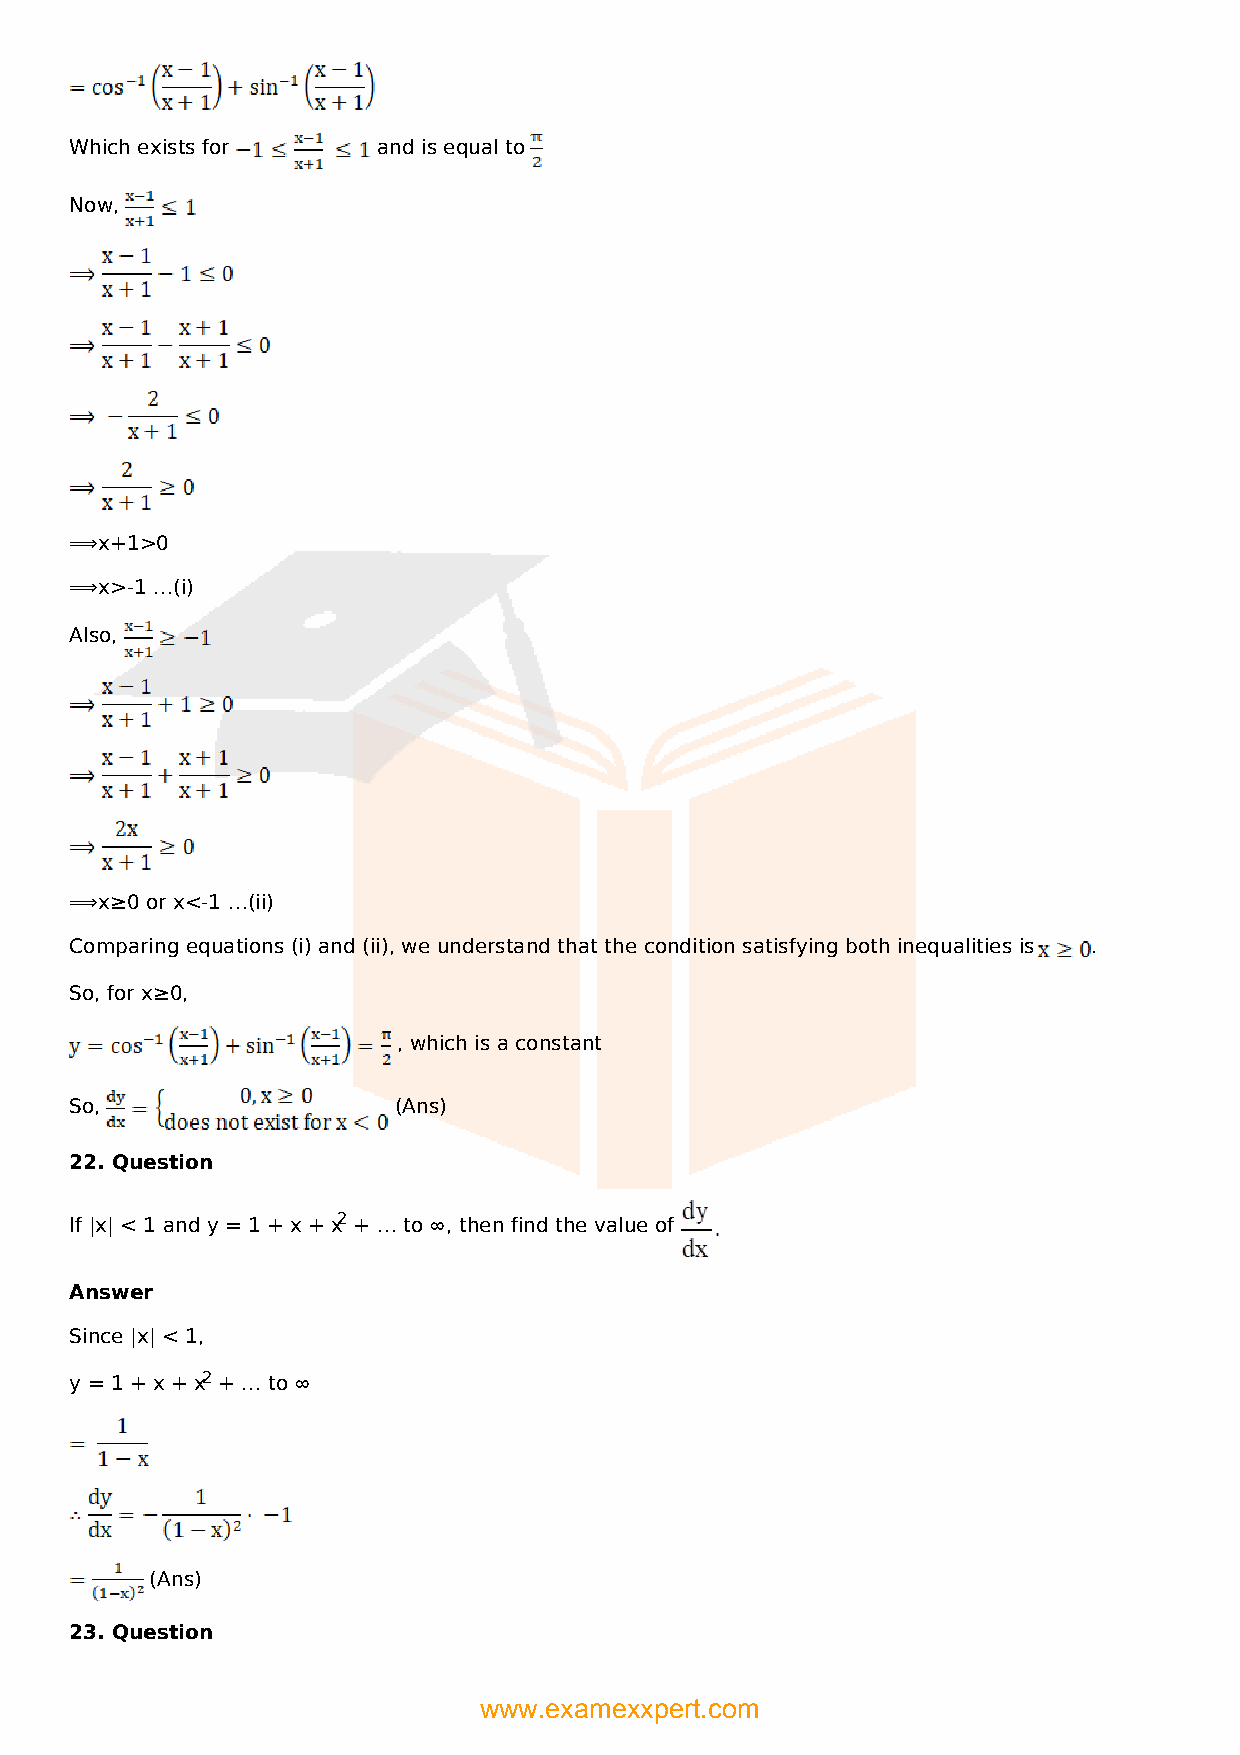
Which exists for    and is equal to
 Now,
 ⟹x+1>0
 ⟹x>-1 …(i)
 Also,
 ⟹x≥0 or x<-1 …(ii)
 Comparing equations (i) and (ii), we understand that the condition satisfying both inequalities is .
 So, for x≥0,
 , which is a constant
 So,                  (Ans)
 22. Question
 If |x| < 1 and y = 1 + x + x2 + … to ∞, then find the value of
 Answer
 Since |x| < 1,
 y = 1 + x + x2 + … to ∞
 (Ans)
 23. Question
 www.examexxpert.com